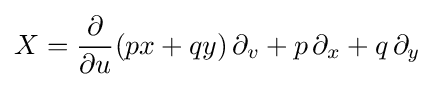
X={\frac {\partial }{\partial u}}(px+qy)\,\partial _{v}+p\,\partial _{x}+q\,\partial _{y}